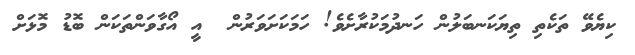
ކިޔެވޭ ތަކެތި ތިޔަކަނބަލުން ހަނދުމަކުރާށެވެ! ހަމަކަށަވަރުން  އީ އޯގާވަންތަކަން ބޮޑު މޮޅަށް